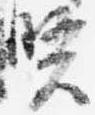
賢